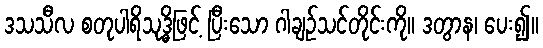
ဒသသီလ စတုပါရိသုဒ္ဓိဖြင့် ပြီးသော ဂါချဉ်သင်တိုင်းကို။ ဒတွာန၊ ပေး၍။